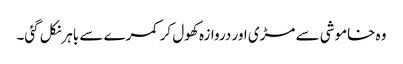
وہ خاموشی سے مڑی اور دروازہ کھول کر کمرے سے باہرنکل گئی۔